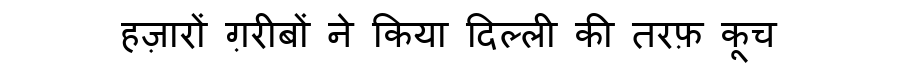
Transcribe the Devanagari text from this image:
हज़ारों ग़रीबों ने किया दिल्ली की तरफ़ कूच